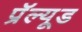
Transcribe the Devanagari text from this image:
प्रॅल्यूड